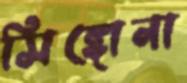
সিঙ্গোনা